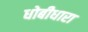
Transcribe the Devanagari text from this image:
धोबीधारा